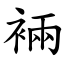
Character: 裲